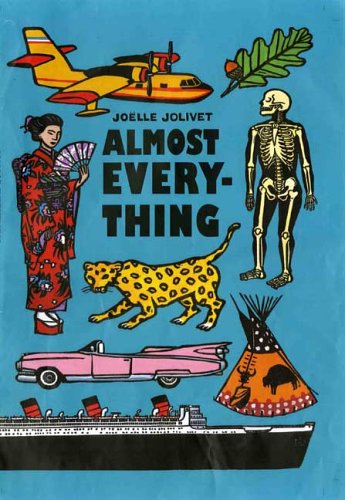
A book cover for Almost Everything; Joelle Jolivet; Reference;